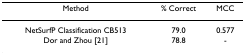
<table><thead><tr><td><b>Method</b></td><td><b>% Correct</b></td><td><b>MCC</b></td></tr></thead><tbody><tr><td>NetSurfP Classification CB513</td><td>79.0</td><td>0.577</td></tr><tr><td>Dor and Zhou [21]</td><td>78.8</td><td>-</td></tr></tbody></table>